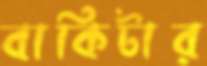
বাকিটার